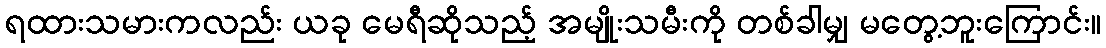
ရထားသမားကလည်း ယခု မေရီဆိုသည့် အမျိုးသမီးကို တစ်ခါမျှ မတွေ့ဘူးကြောင်း။